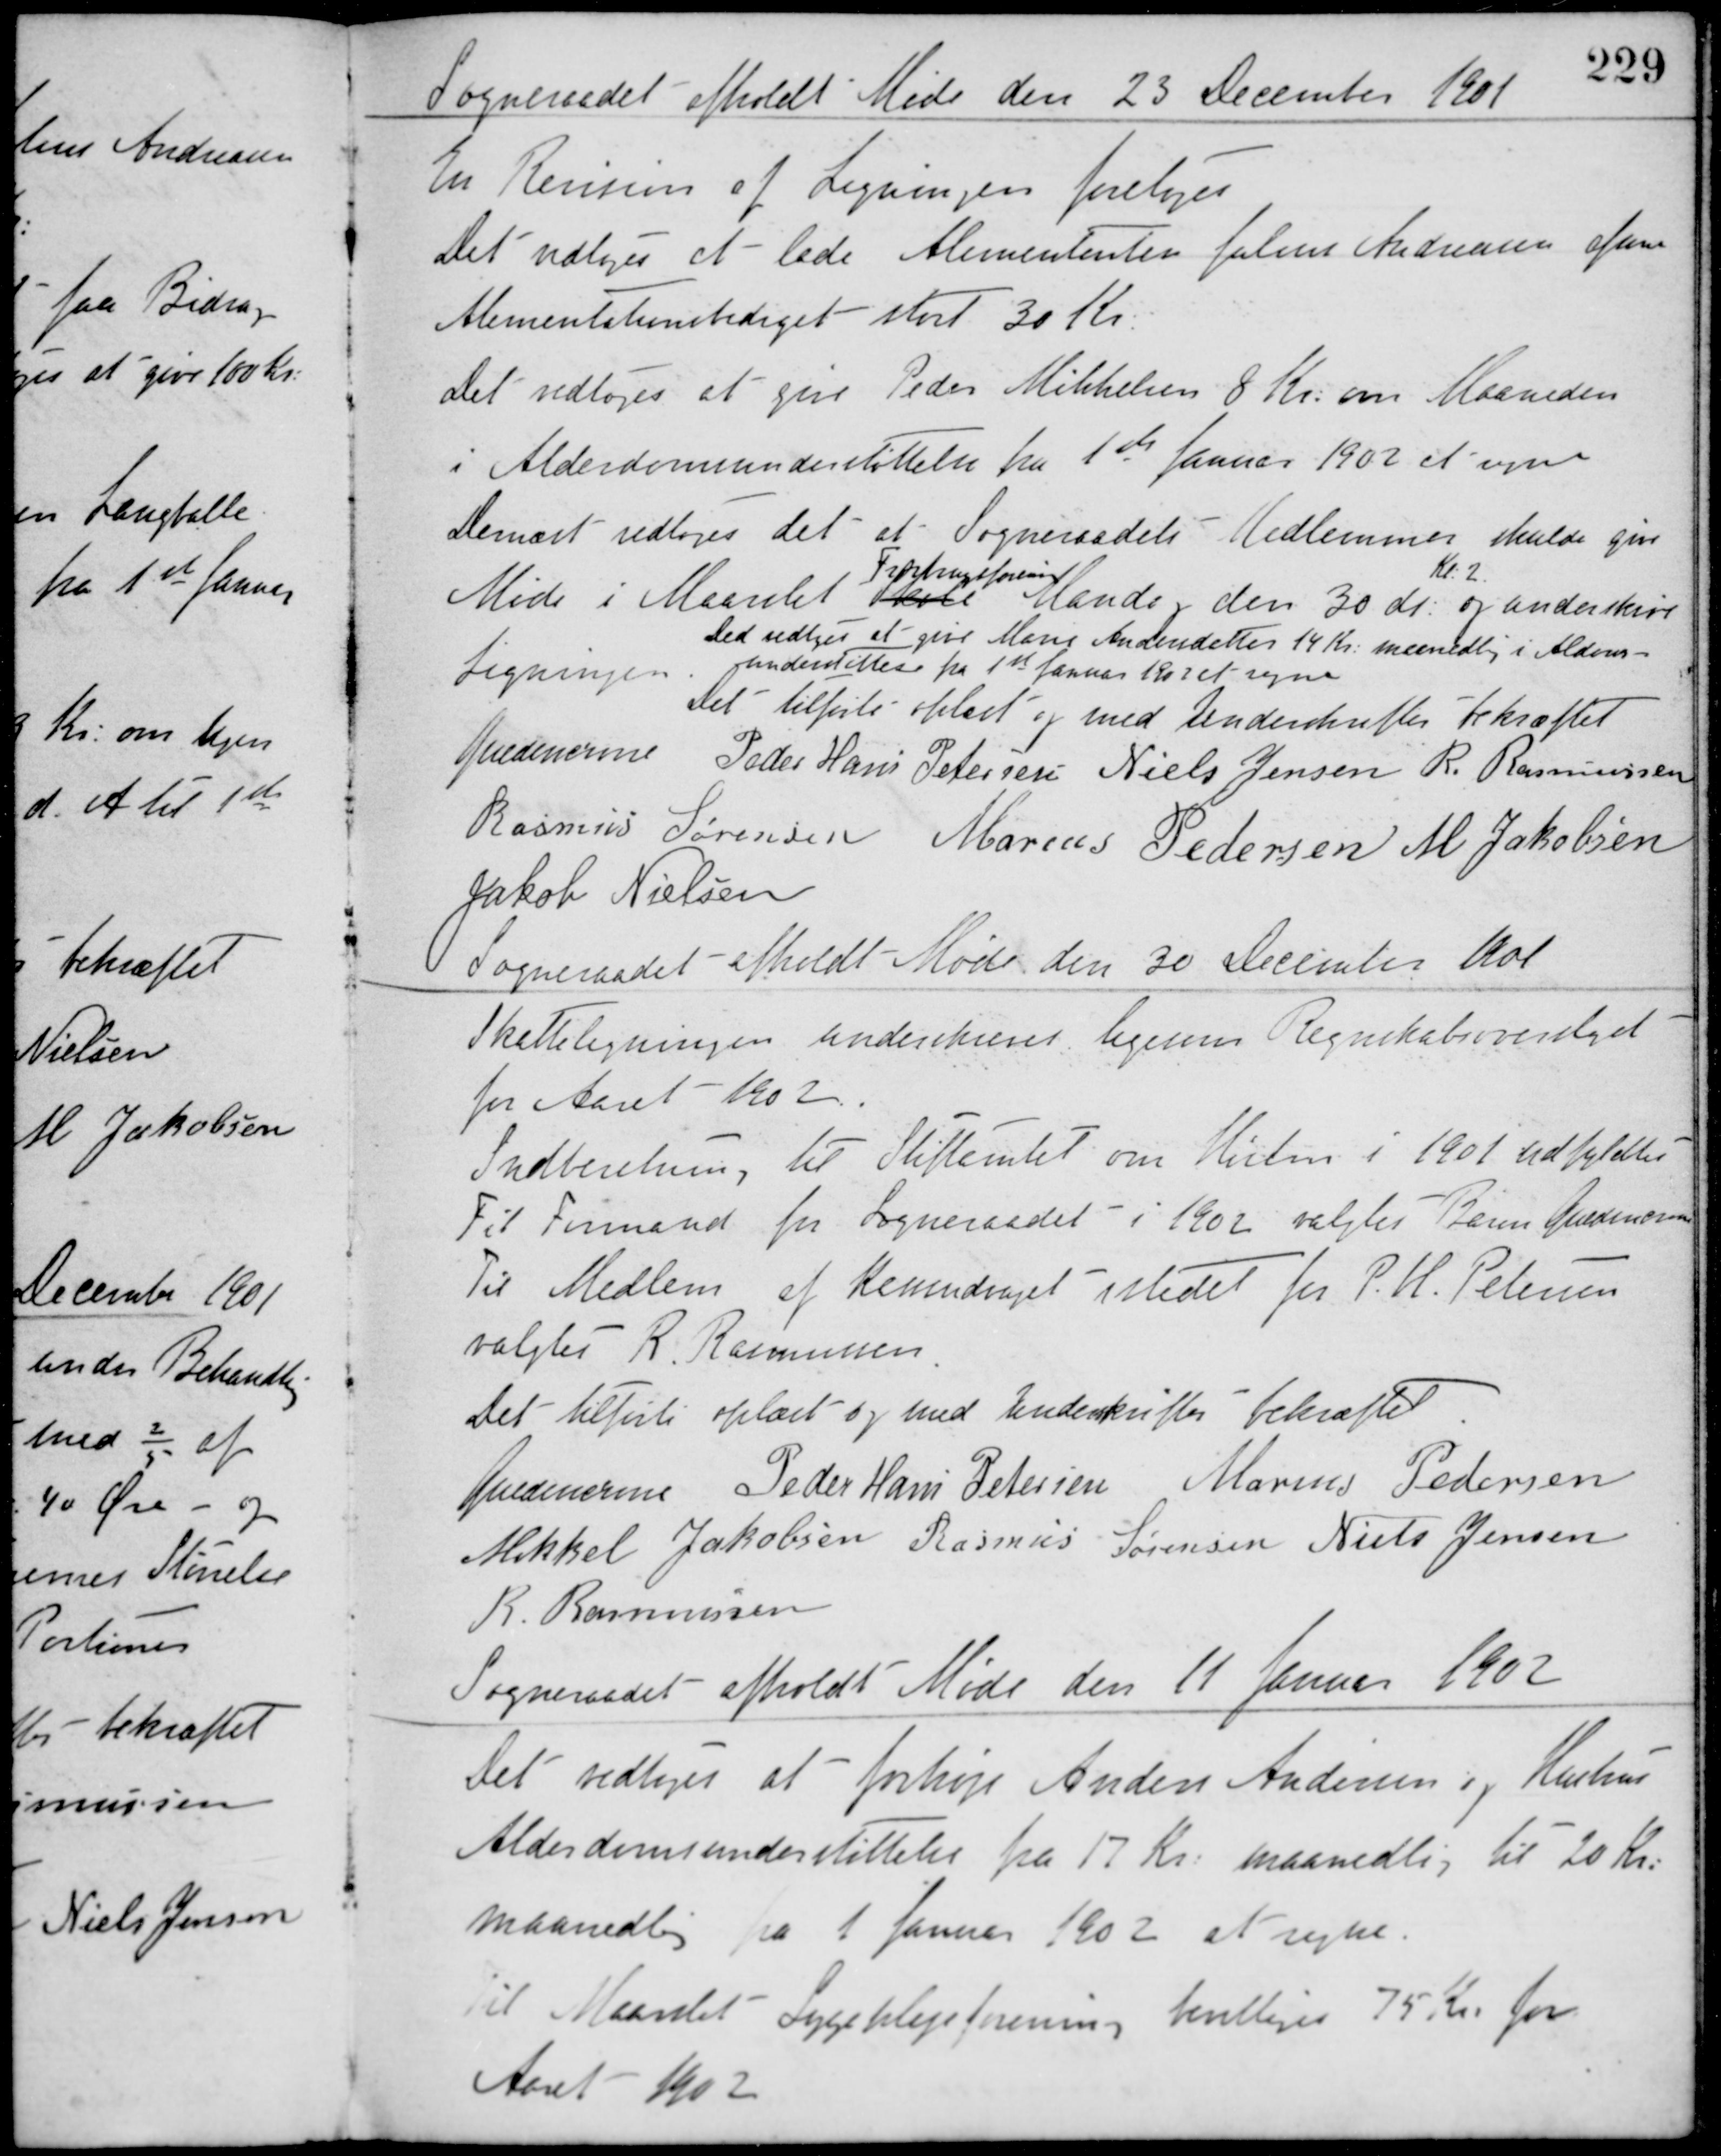
Transskription:
Sogneraadet afholdt Møde den 23 December 1901
En Revision af Ligningen foretoges.
Det vedtoges at lade Alimentanten Folmer Andreasen afsone
Alimentationsbidraget stort 30 Kr.
Det vedtoges at give Peder Mikkelsen 8 Kr. om Maaneden
i Alderdomsunderstøttelse fra 1ste Januar 1902 at regne.
Dernæst vedtoges det at Sogneraadets Medlemmer skulde give
Møde i Maarslet Skole
Forbrugsforening
Mandag den 30 ds.
Kl. 2.
og underskrive
Ligningen.
Det vedtoges at give Marie Andersdatter 14 Kr. maanedlig i Alders-
understøttese fra 1ste Januar 1902 regne.
Det tilførte oplæst og med Underskrifter bekræftet
Guldencrone Peder Hans Petersen Niels Jensen R. Rasmussen
Rasmus Sørensen Marius Pedersen M. Jakobsen
Jakob Nielsen
Sogneraadet afholdt Møde den 30 December 1901
Skatteligningen underskreves ligesom Regnskabsoverslaget
for Aaret 1902.
Indberetning til Stiftamtet om Høsten i 1901 udfyldtes.
Til Formand for Sogneraadet i 1902 valgtes Baron Guldencrone.
Til Medlem af Kasseudvalget istedet for P. H. Petersen
valgtes R. Rasmussen.
Det tilførte oplæst og med Underskrifter bekræftet
Guldencrone Peder Hans Petersen Marius Pedersen
Mikkel Jakobsen Rasmus Sørensen Niels Jensen
R. Rasmussen
Sogneraadet afholdt Møde den 11 Januar 1902
Det vedtoges at forhøje Anders Andersen og Hustrus
Alderdomsunderstøttelse fra 17 Kr. maanedlig til 20 Kr.
maanedlig fra 1 Januar 1902 at regne.
Til Maarslet Sygeplejeforening bevilliges 75 Kr. for
Aaret 1902.